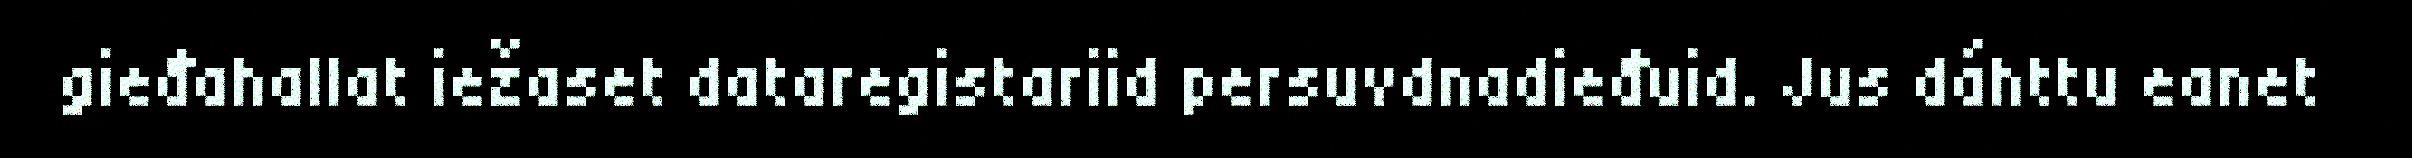
gieđahallat iežaset dataregistariid persuvdnadieđuid. Jus dáhttu eanet